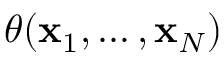
\theta ( \mathbf { x } _ { 1 } , \ldots , \mathbf { x } _ { N } )